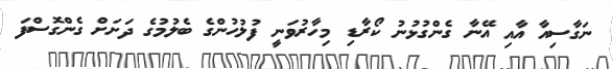
ނަގާސިއާ އާއި އޭނާ ގެންގުޅުނު ކޯރާޑި މިހާރުވަނީ ފުލުހުންގެ ބެލުމުގެ ދަށަށް ގެންގޮސްފަ